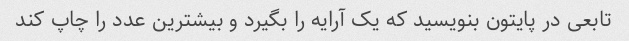
تابعی در پایتون بنویسید که یک آرایه را بگیرد و بیشترین عدد را چاپ کند